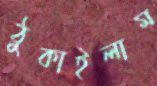
ঠুকাইলাম